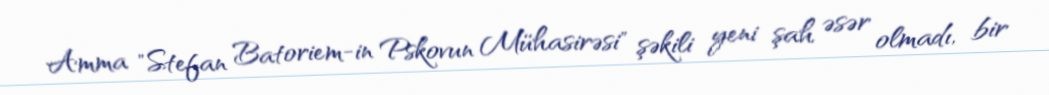
Amma "Stefan Batoriem-in Pskovun Mühasirəsi" şəkili yeni şah əsər olmadı, bir